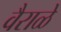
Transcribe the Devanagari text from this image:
वैराळे